Report on the Civil Veterinary Department, Eastern Bengal and Assam - 1907-1911
Year: 1907
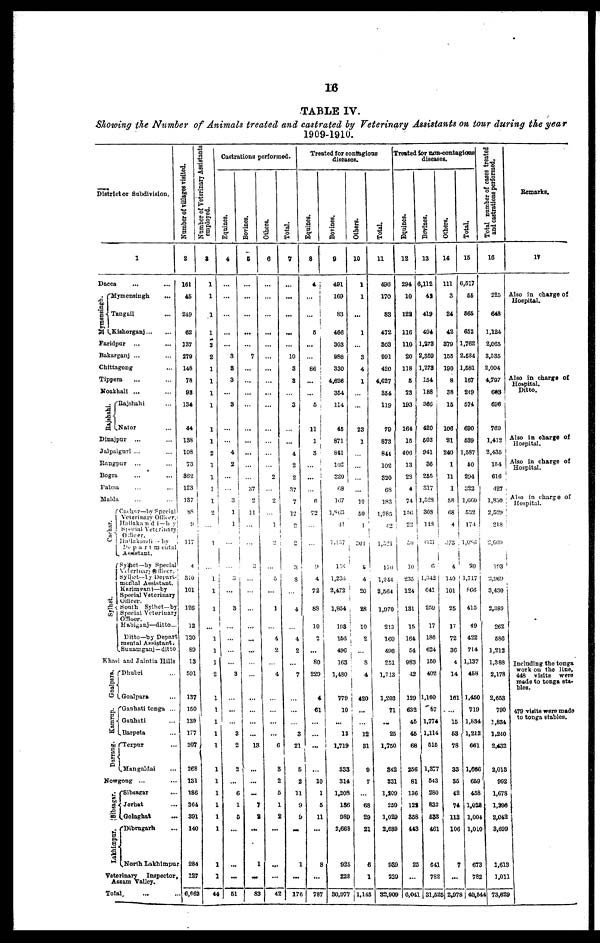
16
TABLE IV.
Showing the Number of Animals treated and castrated by Veterinary Assistants on tour during the year
1909-1910.
District or Subdivision.
1
Dacca
...
Mymensingh.
Mymensingh …
Tangail …
Kishorganj … …
Faridpar … …
Bakarganj ... …
Chittagong … …
Tippera … …
Noakhall ... …
Rajshahi.
Rajshahi …
Nator …
Dinajpnr ... …
Jalpaignri ... …
Rangpur … …
Bogra … …
Pabna … …
Malda … …
Cachar.
Sylhet.
Cachar—by Special
Veterinary Officer.
Hailakandi—by
Special Veterinary
Officer.
Hailakandi -by
Departmental
Assistant.
Sylhet—by Special
Veterinary Officer.
Sylhet—By Depart-
mental Assistant.
Krimganj—by
Special Veterinary
Officer.
South Sylhet—by
Special Veterinary
Officer.
Habiganj—ditto...
Ditto—by Depart
mental Assistant.
Sunamganj—ditto
Khasi and Jaintia Hills
Goalpara.
Kamrup.
Darrang.
Dhubri …
Goalpara …
Gauhati tonga ...
Gauhati …
Barpeta …
Tezpur …
Mangaldai …
Nowgong ... …
Sibsagar .
Lakhimpur.
Sibsagar …
Jorhat …
Golaghat
...
Dibrugarh …
North Lakhimpur
Veterinary
Inspector,
Assam valley.
Total … …
Number of villages visited.
2
161
45
249
62
137
270
148
78
98
134
44
138
108
73
362
123
137
88
9
117
4
310
101
126
12
130
89
13
591
137
150
139
177
207
268
131
186
364
391
140
284
127
6,662
employed.
3
1
1
1
1
2
2
1
1
1
1
1
1
2
1
1
1
1
2
1
…
…
1
1
1
1
1
1
2
1
1
1
1
1
1
1
1
1
1
1
1
1
44
Castrations performed.
Equines.
4
…
…
…
…
…
3
3
3
…
3
…
…
4
2
...
... i
3
1
1
…
…
3
…
3
…
…
…
…
3
…
…
…
3
2
2
...
6
1
5
…
…
...
61
Bovines.
5
…
…
…
...
…
7
…
…
…
…
…
…
...
…
…
37
2
11
…
…
...
…
…
…
…
...
…
…
...
…
…
...
13
…
...
...
7
8
…
1
…
83
Others.
6
…
…
…
...
…
…
…
…
...
…
…
…
…
…
2
...
2
...
1
2
…
…
…
1
…
4
2
…
4
…
…
…
…
6
3
2
5
1
2
...
…
…
42
Total.
7
…
...
…
...
…
10
3
3
…
3
…
…
4
2
2
37
7
12
2
…
3
3
…
4
…
4
2
…
7
…
…
…
3
21
5
2
11
9
9
…
1
...
176
Treated for contagious
diseases.
Equines.
8
4
…
…
6
...
…
86
...
...
5
11
1
3
…
…
...
6
72
...
9
4
72
83
10
2
…
80
229
4
61
…
…
…
…
10
1
5
11
…
8
…
787
Bovines.
9
491
169
83
466
303
988
330
4,626
354
114
45
871
811
102
320
68
167
1,863
41
l,457
156
l,236
2,472
1,854
193
156
496
163
1,480
779
10
...
13
1,719
333
314
1,208
186
989
2,668
925
228
30,977
Others.
10
1
1
...
1
…
3
4
1
…
…
23
1
…
…
…
…
10
50
1
361
5
4
20
28
10
2
…
8
4
420
...
...
12
31
9
7
…
68
29
21
6
1
1,145
Total.
11
496
170
83
472
803
991
420
4,627
354
119
79
873
841
102
320
68
183
1,985
42
1,521
170
1,244
2,564
1,970
213
160
496
251
1,713
1,203
71
...
25
1,750
342
S31
1,209
250
1,029
2,689
939
229
82,909
Treated for non-contagious
diseases.
Equines.
12
294 6
10
122
116
110
20
118
5
23
193
164
15
406
13
2S
4
74
156
22
50
10
235
124
131
15
164
54
983
42
129
632
45
46
68
256
81
136
129
358
443
25
...
6,041
Bovines.
13
6,112
43
419
494
1,373
2,359
1,273
154
188
366
420
603
941
36
255
317
1,528
308
148
663
0
1,342 |
641
259
17
186
624
150
402
1,160
87
1,774
1,114
515
1,377
543
280
832
683
461
641
782
31,525
Others.
14
111
3
24
42
379
155 2
190 1
8
38
15
106
21
240 1
1
11
1
58
(58
4
…
4
140
101
25
17
72
36
4
14
161
…
15
53
78
33
35
42
74
113
106
7
...
2,978
Total.
15
,517
66
565
652
1,762
,534
,581
167
249
574
690
539
,587
60
294
322 I
1,660
532
174
1,086
30
1,717
866
415
49
422
714
1,137
458
1,450
719
1,834
1,212
661
1,666
659
458
1,028
1,004
1,010
673
782
40,544
Total number of cases treated
and castrations performed.
16
225
648
1,124
2,065
3,535
2,004
4,797
683
696
769
1,412
2,435
154
616
427
1,850
2,529
218
2,609
193
2,969
3,430
2,389
262
586
1,212
1,388
2,178
2,653
790
1,834
1,240
2,432
2,013
992
1,678
1,296
2,042
8,699
1,613
1,011
73,629
Remarks.
17
Also in charge of
Hospital.
Also in charge of
Hospital.
Ditto.
Also in charge of
Hospital.
Also in charge of
Hospital.
Also in charge of
Hospital.
…
Including the tonga
work on the line,
448 visits
were
made to tonga sta-
bles.
479 visits were made
to tonga stables.